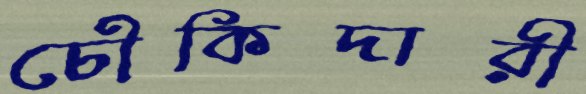
চৌকিদারী